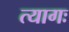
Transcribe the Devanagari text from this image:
त्यागः